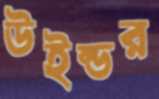
উইন্ডর